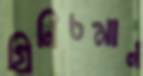
গ্রিনিচমান